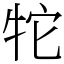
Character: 㸰